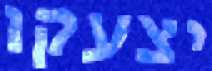
יצעקו